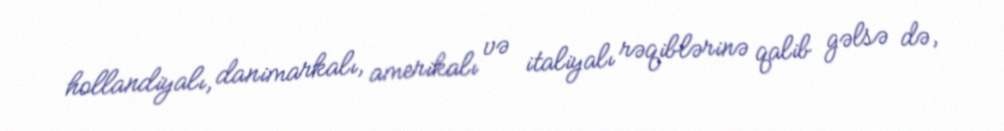
hollandiyalı, danimarkalı, amerikalı və italiyalı rəqiblərinə qalib gəlsə də,